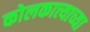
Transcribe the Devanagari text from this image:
कोलकात्त्याच्या